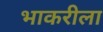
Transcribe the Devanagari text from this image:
भाकरीला